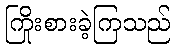
ကြိုးစားခဲ့ကြသည်